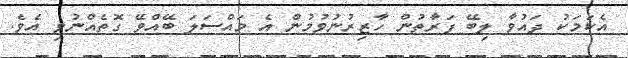
އެކަމަކު ދައުވާ ލިބޭ ފަރާތުން ހާޒިރުނުވުމުން އެ މައްސަލަ ބޭއްވޭ ގޮތެއްނުވި އެވެ.